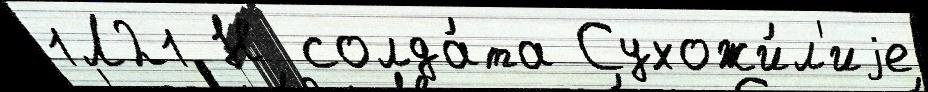
1Л21 Н солда́та Сухожи́л'иjе